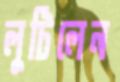
লুটিলেন